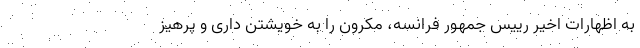
به اظهارات اخیر رییس جمهور فرانسه، مکرون را به خویشتن داری و پرهیز